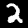
Label: 2